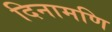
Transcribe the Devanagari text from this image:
दिनामणि